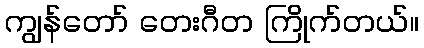
ကျွန်တော် တေးဂီတ ကြိုက်တယ်။